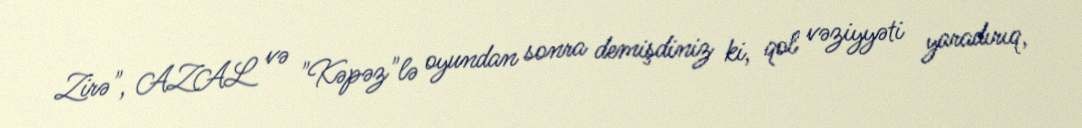
Zirə", AZAL və "Kəpəz"lə oyundan sonra demişdiniz ki, qol vəziyyəti yaradırıq,